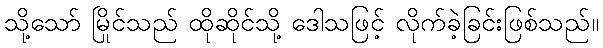
သို့သော် မြိုင်သည် ထိုဆိုင်သို့ ဒေါသဖြင့် လိုက်ခဲ့ခြင်းဖြစ်သည်။